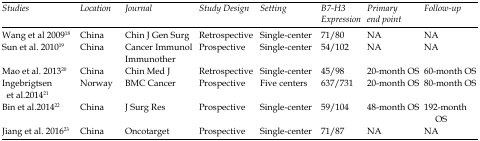
| Studies | Location | Journal | Study Design | Setting | B7-H3 Expression | Primary end point | Follow-up |
 | --- | --- | --- | --- | --- | --- | --- | --- |
 | Wang et al 200918 | China | Chin J Gen Surg | Retrospective | Single-center | 71/80 | NA | NA |
 | Sun et al. 201019 | China | Cancer Immunol Immunother | Prospective | Single-center | 54/102 | NA | NA |
 | Mao et al. 201320 | China | Chin Med J | Retrospective | Single-center | 45/98 | 20-month OS | 60-month OS |
 | Ingebrigtsen et al.201421 | Norway | BMC Cancer | Prospective | Five centers | 637/731 | 20-month OS | 80-month OS |
 | Bin et al.201422 | China | J Surg Res | Prospective | Single-center | 59/104 | 48-month OS | 192-month OS |
 | Jiang et al. 201623 | China | Oncotarget | Prospective | Single-center | 71/87 | NA | NA |